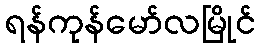
ရန်ကုန်မော်လမြိုင်